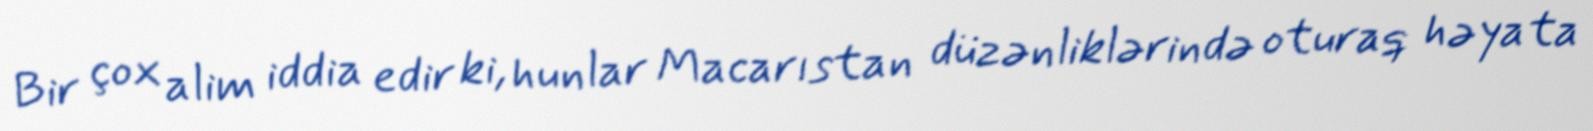
Bir çox alim iddia edir ki, hunlar Macarıstan düzənliklərində oturaq həyata